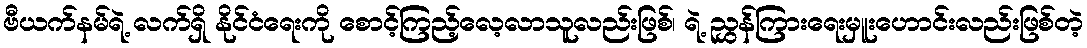
ဗီယက်နမ်ရဲ့ လက်ရှိ နိုင်ငံရေးကို စောင့်ကြည့်လေ့လာသူလည်းဖြစ်၊ ရဲ့ ညွှန်ကြားရေးမှူးဟောင်းလည်းဖြစ်တဲ့